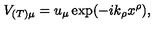
V _ { ( T ) \mu } = u _ { \mu } \exp ( - i k _ { \rho } x ^ { \rho } ) ,